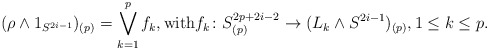
\begin{align*} (\rho \wedge 1_{S^{2i-1}})_{(p)} = \bigvee_{k=1}^p f_k, \mbox{with} f_k \colon S^{2p+2i-2}_{(p)} \to (L_k \wedge S^{2i-1})_{(p)}, 1 \leq k \leq p.\end{align*}